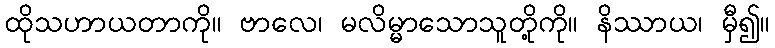
ထိုသဟာယတာကို။ ဗာလေ၊ မလိမ္မာသောသူတို့ကို။ နိဿာယ၊ မှီ၍။